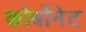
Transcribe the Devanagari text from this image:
कोर्बोनेट